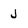
Character: J